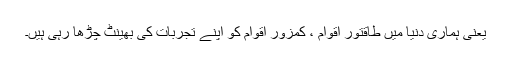
یعنی ہماری دنیا میں طاقتور اقوام ، کمزور اقوام کو اپنے تجربات کی بھینٹ چڑھا رہی ہیں۔